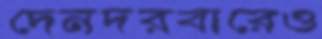
দেনদরবারেও